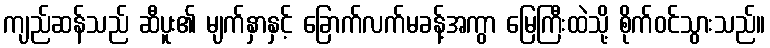
ကျည်ဆန်သည် ဆီပူး၏ မျက်နှာနှင့် ခြောက်လက်မခန့်အကွာ မြေကြီးထဲသို့ စိုက်ဝင်သွားသည်။